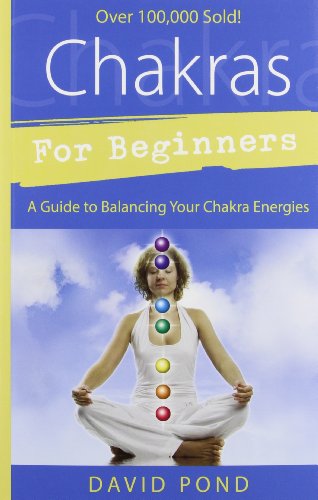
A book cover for Chakras for Beginners: A Guide to Balancing Your Chakra Energies (For Beginners (Llewellyn's)); David Pond; Religion & Spirituality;